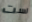
لست